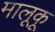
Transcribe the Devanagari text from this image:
मालूकू